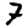
Digit: 7